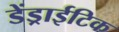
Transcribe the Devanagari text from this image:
डेंड्राईटिक